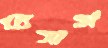
রেসার্স